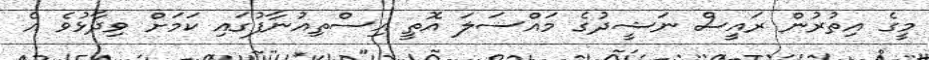
މީގެ އިތުރުން ރައީސް ނަޝީދުގެ މައްސަލަ އޮތީ އިސްތިއުނާފުގައި ކަމަށް ވިދާޅުވެ އެ